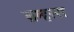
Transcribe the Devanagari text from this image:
ब्रम्हरस